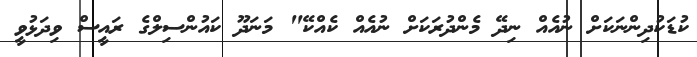
ކުޑަކުދިންނަކަށް ނުއެއް ނިދޭ މެންދުރަކަށް ނުއެއް ކެއްކޭ" މަނަދޫ ކައުންސިލްގެ ރައީސް ވިދަޅުވީ